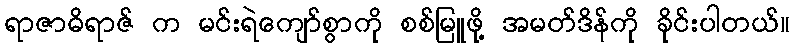
ရာဇာဓိရာဇ် က မင်းရဲကျော်စွာကို စစ်မြူဖို့ အမတ်ဒိန်ကို ခိုင်းပါတယ်။